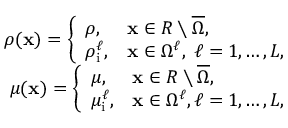
\begin{array} { r } { \rho ( \mathbf x ) = \left\{ \begin{array} { l l } { \rho , } & { \mathbf x \in R \setminus \overline { { \Omega } } , } \\ { \rho _ { \mathrm { i } } ^ { \ell } , } & { \mathbf x \in \Omega ^ { \ell } , \; \ell = 1 , \ldots , L , } \end{array} \right. } \\ { \mu ( \mathbf x ) = \left\{ \begin{array} { l l } { \mu , } & { \mathbf x \in R \setminus \overline { { \Omega } } , } \\ { \mu _ { \mathrm { i } } ^ { \ell } , } & { \mathbf x \in \Omega ^ { \ell } , \ell = 1 , \ldots , L , } \end{array} \right. } \end{array}